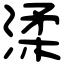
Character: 渘